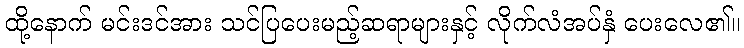
ထို့နောက် မင်းဒင်အား သင်ပြပေးမည့်ဆရာများနှင့် လိုက်လံအပ်နှံ ပေးလေ၏။